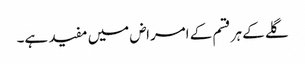
گلے کے ہر قسم کے امراض میں مفید ہے۔